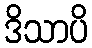
ဒိသာပိ